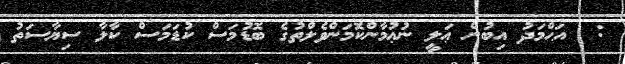
:  އަޙްމަދު އިބުން ޢަލީ ނުޢުމާންކޮމަންވެލްތުގެ ބޮޑުމަސް ކުޑަމަސް ކާލާ ސިޔާސަތު